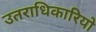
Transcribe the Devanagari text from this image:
उतराधिकारियो